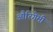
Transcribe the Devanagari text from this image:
औरिगेमी